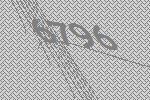
6796